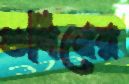
গুণিনের